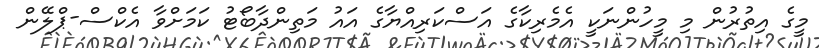
މީގެ އިތުރުން މި މީހުންނަކީ އެމެރިކާގެ އަސްކަރިއްޔާގެ އައު މަތިންދާބޯޓު ކަމަށްވާ އެކްސް-ޕްލޭން